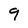
Character: 9